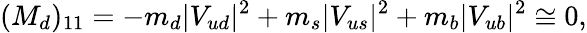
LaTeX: (M_{d})_{11}=-m_{d}\vert V_{ud}\vert^{2}+m_{s}\vert V_{us}\vert^{2}+m_{b}\vert V_{ub}\vert^{2}\cong 0,